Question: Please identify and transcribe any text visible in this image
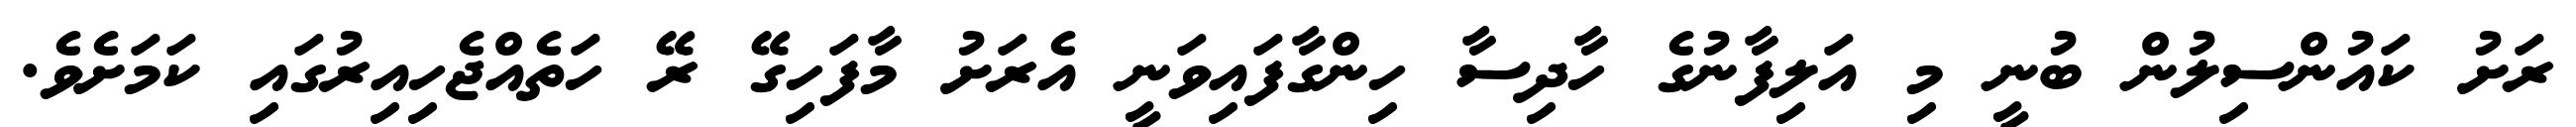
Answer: ރަށު ކައުންސިލުން ބުނީ މި އަލިފާނުގެ ހާދިސާ ހިންގާފައިވަނީ އެރަށު މާފަހިގޭ ރޭ ހަތެއްޖެހިއިރުގައި ކަމަށެވެ.